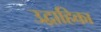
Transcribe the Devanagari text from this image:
उद्वाहिका